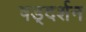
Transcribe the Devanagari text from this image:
षड्‌दर्शन